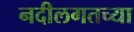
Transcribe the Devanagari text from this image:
नदीलगतच्या